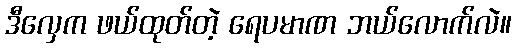
ဒီလှေက ဖယ်ထုတ်တဲ့ ရေပမာဏ ဘယ်လောက်လဲ။